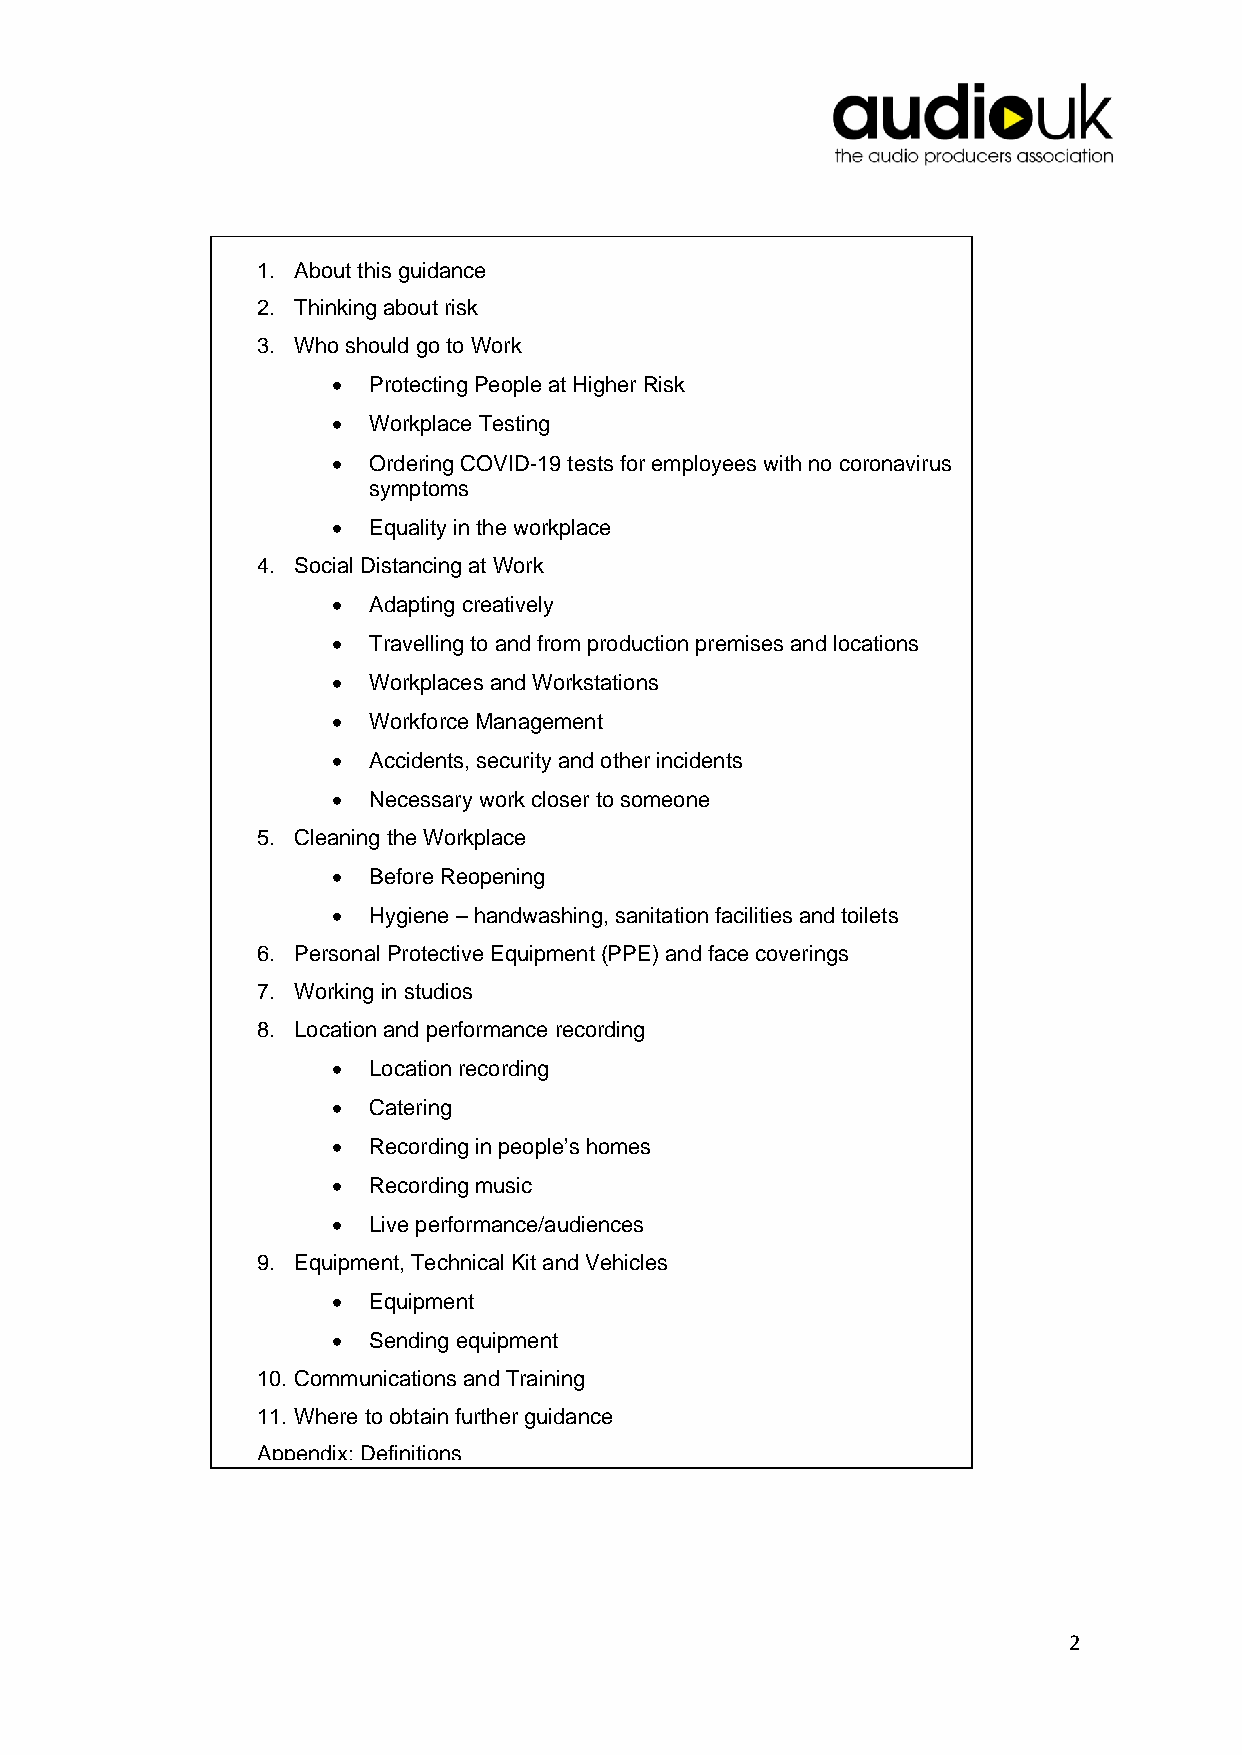
1. About this guidance
 2. Thinking about risk
 3. Who should go to Work
 • Protecting People at Higher Risk
 • Workplace Testing
 • Ordering COVID-19 tests for employees with no coronavirus
 symptoms
 • Equality in the workplace
 4. Social Distancing at Work
 • Adapting creatively
 • Travelling to and from production premises and locations
 • Workplaces and Workstations
 • Workforce Management
 • Accidents, security and other incidents
 • Necessary work closer to someone
 5. Cleaning the Workplace
 • Before Reopening
 • Hygiene – handwashing, sanitation facilities and toilets
 6. Personal Protective Equipment (PPE) and face coverings
 7. Working in studios
 8. Location and performance recording
 • Location recording
 • Catering
 • Recording in people’s homes
 • Recording music
 • Live performance/audiences
 9. Equipment, Technical Kit and Vehicles
 • Equipment
 • Sending equipment
 10. Communications and Training
 11. Where to obtain further guidance
 Appendix: Definitions
 2